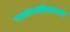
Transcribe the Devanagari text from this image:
स्वरूपपरिचायक